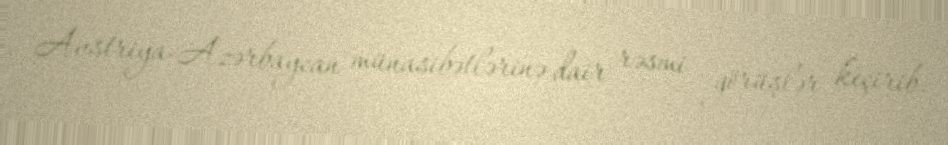
Avstriya-Azərbaycan münasibətlərinə dair rəsmi görüşlər keçirib.